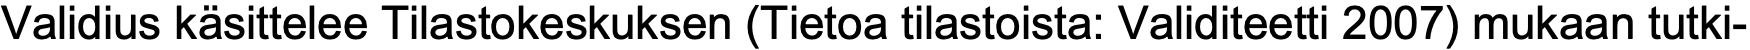
Validius käsittelee Tilastokeskuksen (Tietoa tilastoista: Validiteetti 2007) mukaan tutki-